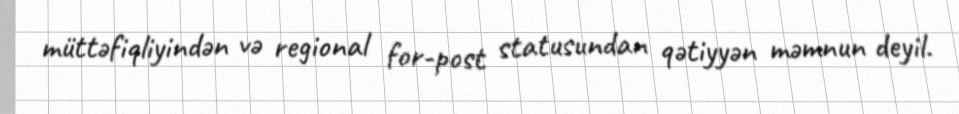
müttəfiqliyindən və regional for-post statusundan qətiyyən məmnun deyil.